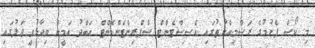
މި ކޯސް ފެށުމުގެ ރަސްމިއްޔާތުގައި އެސިސްޓެންޓް ސްޕްރިންޓެންޑެންޓް ޢަބްދު އަމީން ވިދާޅުވީ ޖަލުގައި